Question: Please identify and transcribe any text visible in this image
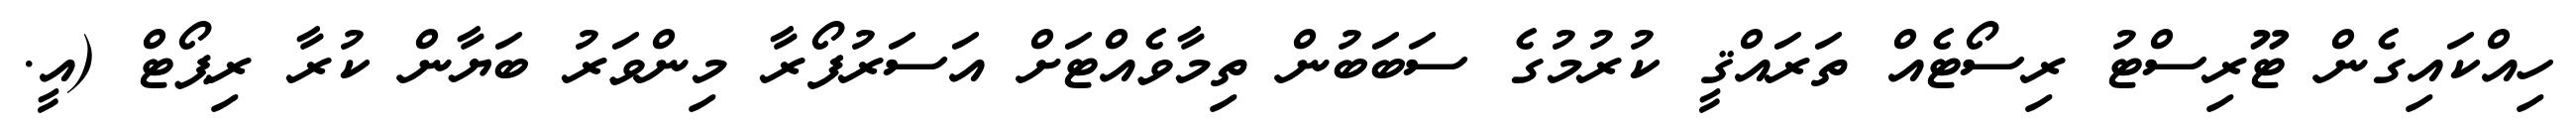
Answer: ހިއްކައިގެން ޓޫރިސްޓު ރިސޯޓެއް ތަރައްޤީ ކުރުމުގެ ސަބަބުން ތިމާވެއްޓަށް އަސަރުފޯރާ މިންވަރު ބަޔާން ކުރާ ރިޕޯޓް (އީ.